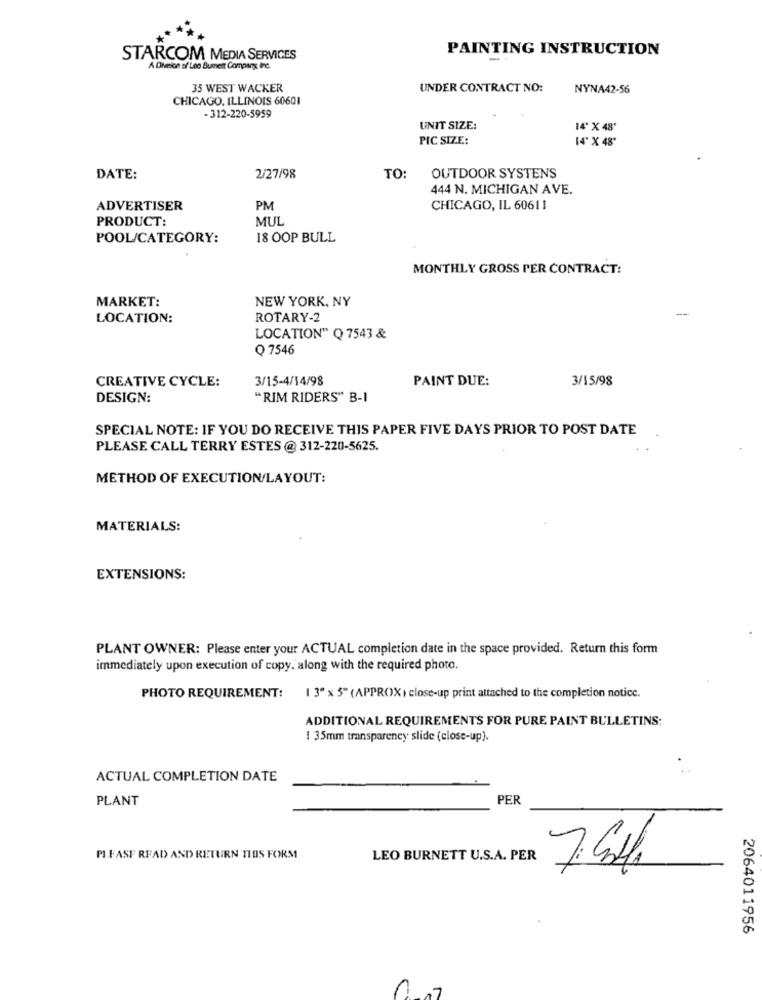
PAINTING INSTRUCTION
STARCOM MEDIA SERVICES
A Diveice of Leo Bument Company, Inc.
35 WEST WACKER
UNDER CONTRACT NO:
NYNA42-56
CHICAGO, ILLINOIS 60601
- 312-220-5959
UNIT SIZE:
14' X 48'
PIC SIZE:
[4 X 48'
DATE:
2/27/98
TO:
OUTDOOR SYSTENS
444 N. MICHIGAN AVE.
ADVERTISER
PM
CHICAGO, IL 60611
PRODUCT:
MUL
POOL/CATEGORY:
18 OOP BULL
MONTHLY GROSS PER CONTRACT:
MARKET:
NEW YORK, NY
-
LOCATION:
ROTARY-2
LOCATION" Q 7543 &
Q 7546
CREATIVE CYCLE:
3/15-4/14/98
PAINT DUE:
3/15/98
DESIGN:
"RIM RIDERS" B-I
SPECIAL NOTE: IF YOU DO RECEIVE THIS PAPER FIVE DAYS PRIOR TO POST DATE
PLEASE CALL TERRY ESTES @ 312-220-5625.
METHOD OF EXECUTION/LAYOUT:
MATERIALS:
EXTENSIONS:
PLANT OWNER: Please enter your ACTUAL completion date in the space provided. Return this form
immediately upon execution of copy. along with the required photo.
PHOTO REQUIREMENT:
1 3" x " (APPROX ) close-up print attached to the completion notice.
ADDITIONAL REQUIREMENTS FOR PURE PAINT BULLETINS:
1 35mm transparency slide (close-up).
ACTUAL COMPLETION DATE
PLANT
PER
PI.FASE READ AND RETURN TIDS FORM
LEO BURNETT U.S.A. PER
2064011956